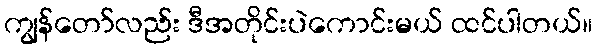
ကျွန်တော်လည်း ဒီအတိုင်းပဲကောင်းမယ် ထင်ပါတယ်။